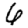
Digit: 6